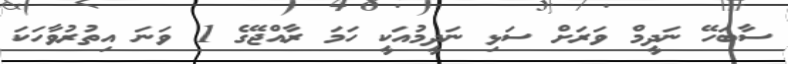
ސާބަހޭ ނަދީމް ވަރަށް ސަޅި ނަދީމުއަކީ ހަމަ ރާއްޖޭގެ 1 ވަނަ އިތުރުވާހަކަ